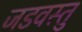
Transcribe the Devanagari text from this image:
जडवस्तु